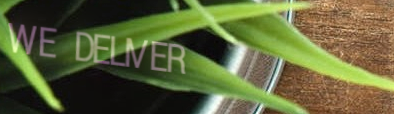
WE DELIVER